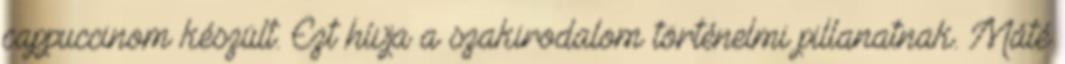
cappuccinom készült. Ezt hívja a szakirodalom történelmi pillanatnak. Máté